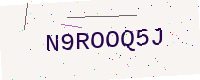
Text: N9ROOQ5J